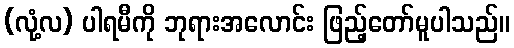
(လုံ့လ) ပါရမီကို ဘုရားအလောင်း ဖြည့်တော်မူပါသည်။